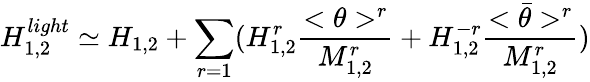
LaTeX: H_{1,2}^{light}\simeq H_{1,2}+\sum_{r=1}(H_{1,2}^{r}\frac{<\theta>^{r}}{M_{1,2}^{r}}+H_{1,2}^{-r}\frac{<\bar{\theta}>^{r}}{M_{1,2}^{r}})